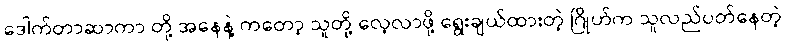
ဒေါက်တာဆာကာ တို့ အနေနဲ့ ကတော့ သူတို့ လေ့လာဖို့ ရွေးချယ်ထားတဲ့ ဂြိုဟ်က သူလည်ပတ်နေတဲ့